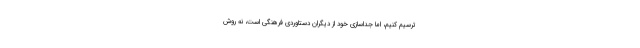
ترسیم کنیم، اما جداسازی خود از دیگران دستاوردی فرهنگی است، نه روش